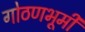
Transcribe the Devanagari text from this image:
गोठणभूमी